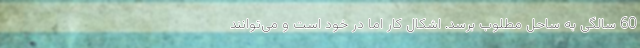
60 سالگی به ساحل مطلوب برسد. اِشکال کار اما در خود است و می‌توانند